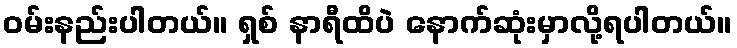
ဝမ်းနည်းပါတယ်။ ရှစ် နာရီထိပဲ နောက်ဆုံးမှာလို့ရပါတယ်။